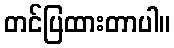
တင်ပြထားတာပါ။